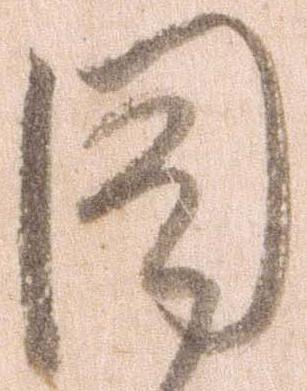
同